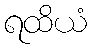
ရထိယံ